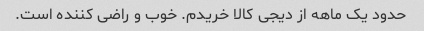
حدود یک ماهه از دیجی کالا خریدم. خوب و راضی کننده است‌.